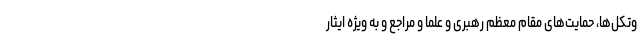
وتکل‌ها، حمایت‌های مقام معظم رهبری و علما و مراجع و به ویژه ایثار